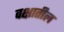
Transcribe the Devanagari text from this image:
वक्षातील